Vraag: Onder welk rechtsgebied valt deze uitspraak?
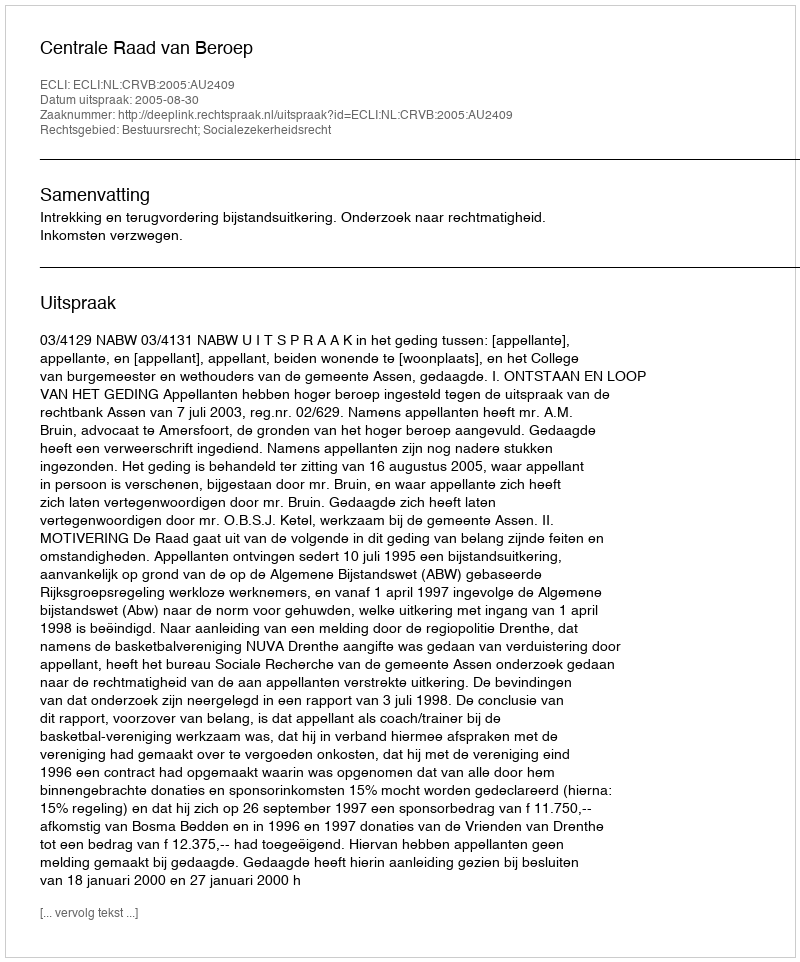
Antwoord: Bestuursrecht; Socialezekerheidsrecht